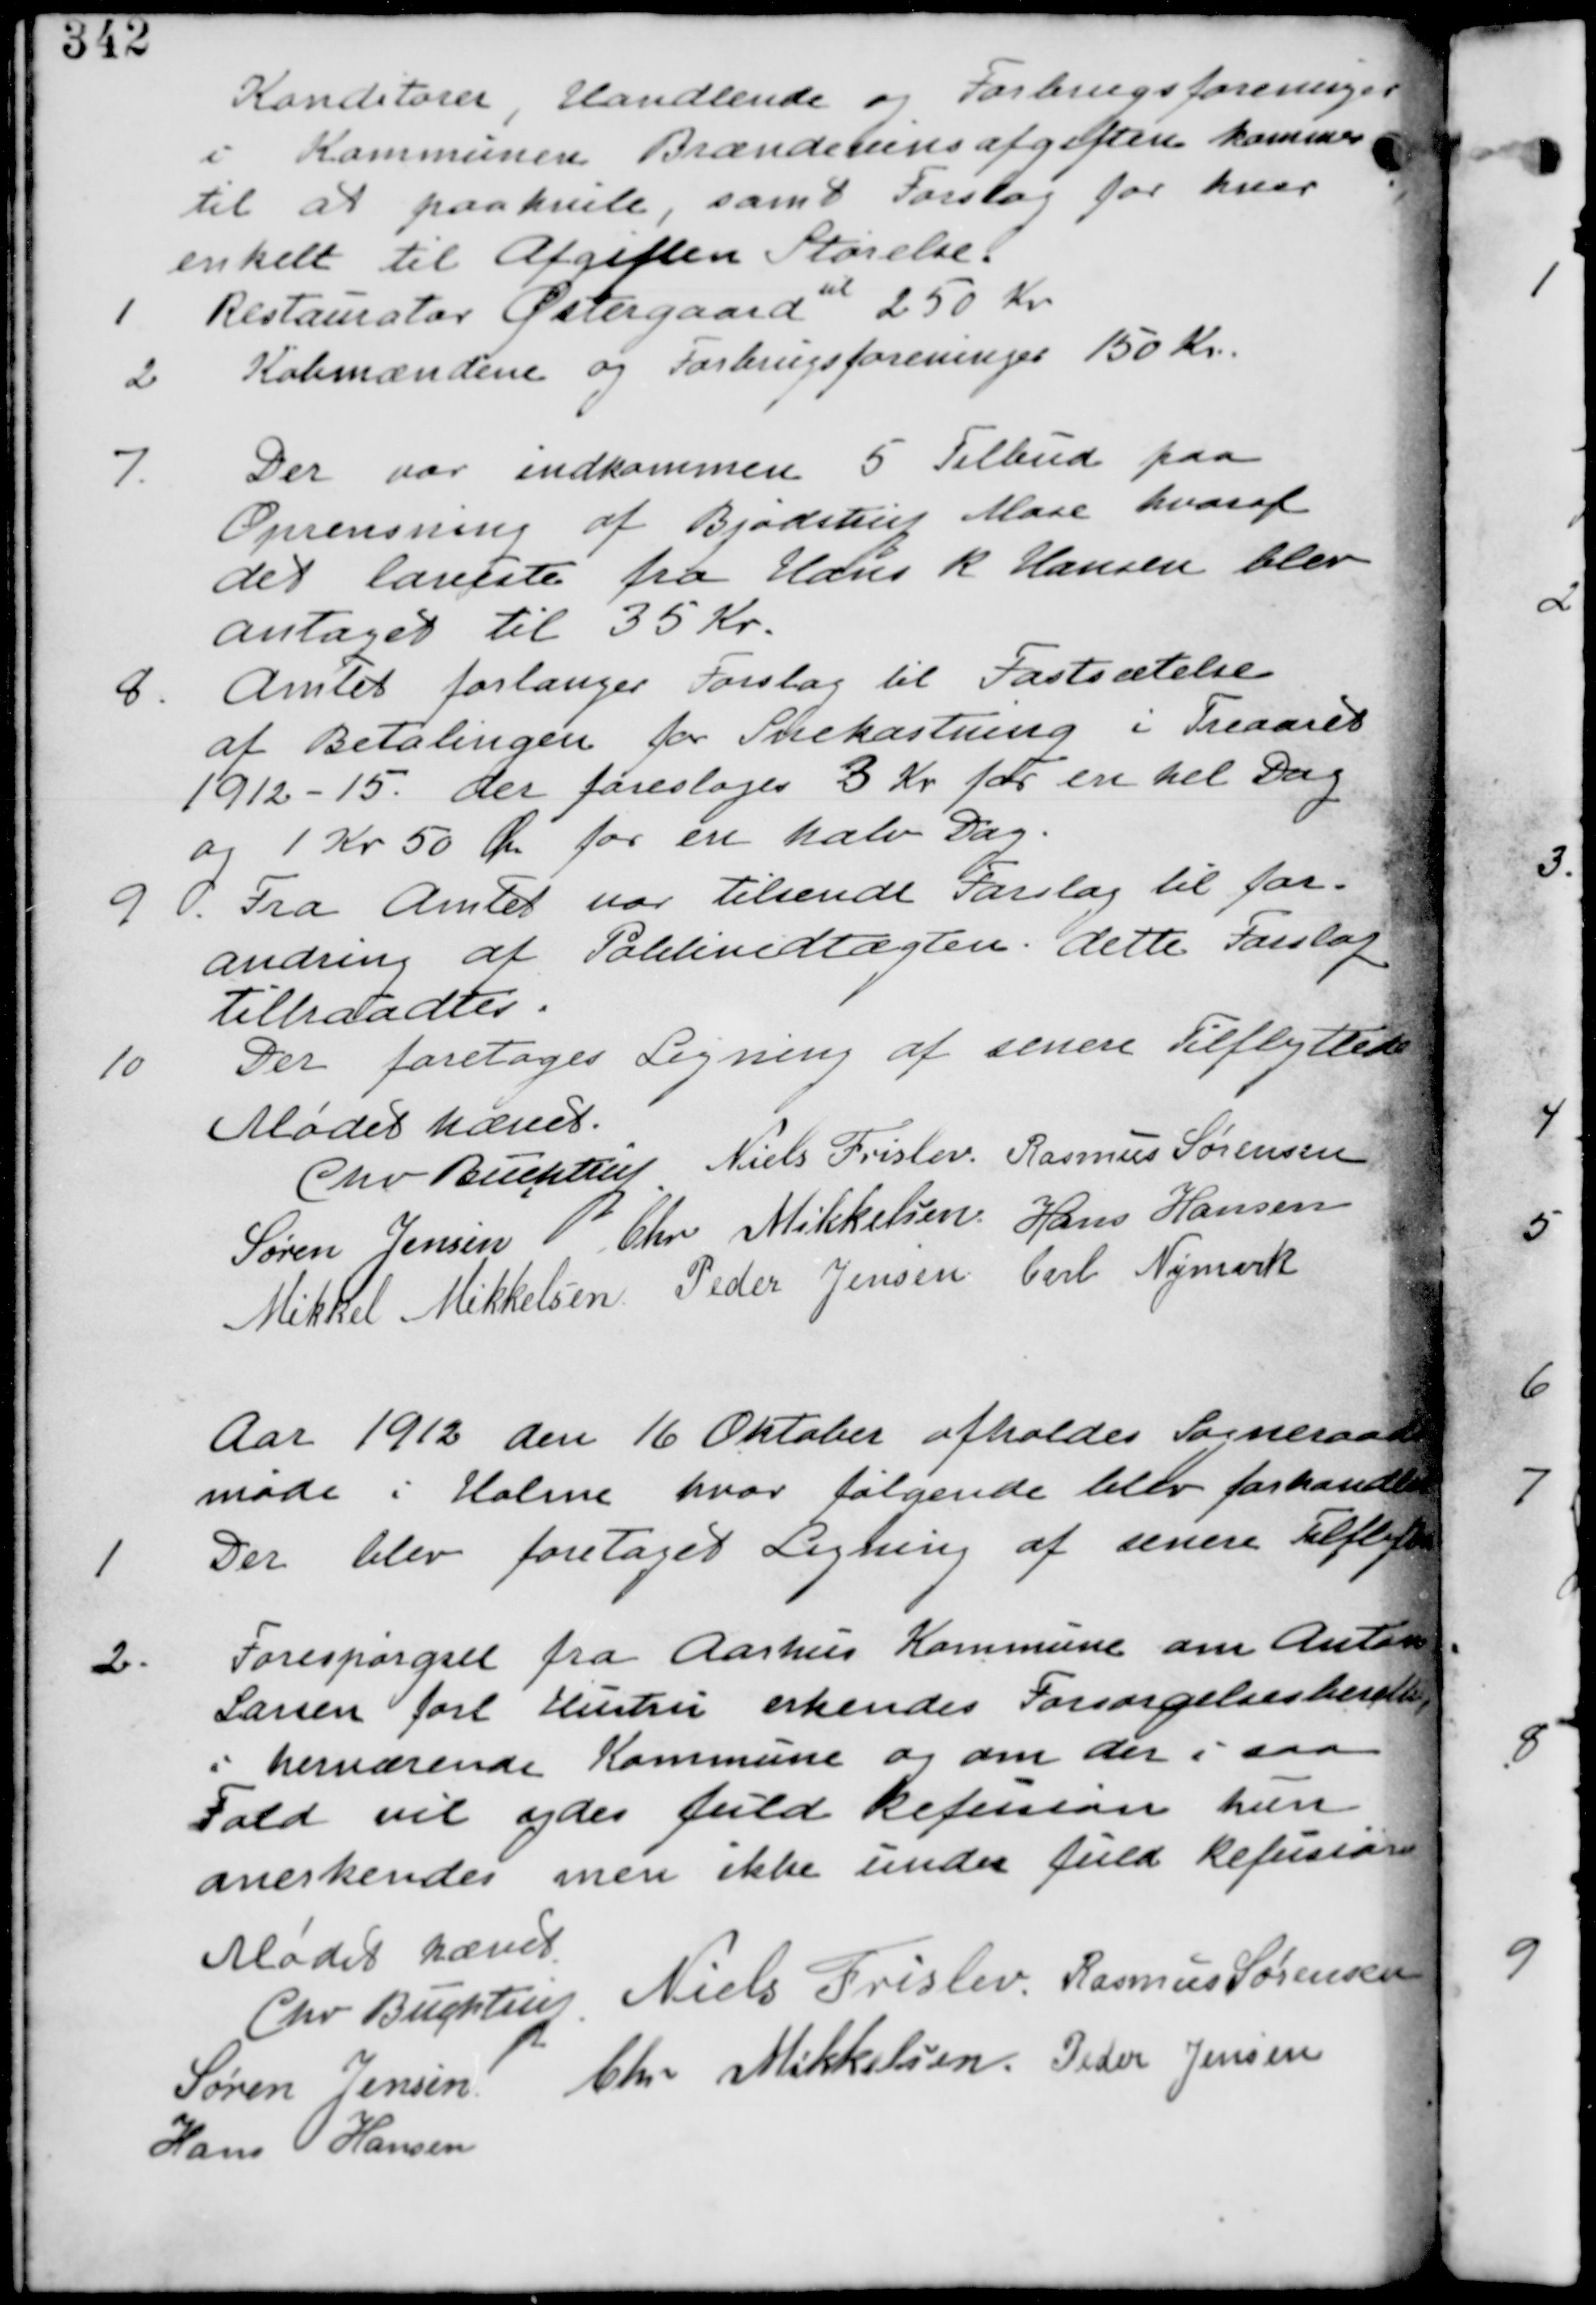
Transskription:
Konditorei, Handlende og Forbrugsforeninger
i Kommunen. Brændevinsafgiften kommer
til at paahvile, samt Forslag for hver
enkelt til Afgiften Størrelse.
1. Restauratør Østergaard
til
250 Kr
2. Købmændene og Forbrugsforeninger 150 Kr.

7. Der var indkommen 5 tilbud paa
Oprensning af Bjødstrup Mose hvoraf
det laveste fra Hans K. Hansen blev
antaget til 35 Kr.

8. Amtet forlanger Forslag til Fastsættelse
af Betalingen for Snekastning i Treaaret
1912-15. der foresloges 3 Kr for en hel Dag
og 1 Kr 50 Øre for en halv Dag.

9. Fra Amtet var tilsendt Forslag til for-
andring af Politivedtægten. dette Forslag
tiltraadtes.

10. Der foretages Ligning af senere Tilflyttere.

Mødet hæves.

Chr. Buchtrup. Niels Frislev. Rasmus Sørensen
Søren Jensen Chr Mikkelsen Hans Hansen
Mikkel Mikkelsen Peder Jensen Carl Nymark

Aar 1912 den 16 Oktober afholdes Sogneraads-
møde i Holme hvor følgende blev forhandlet.

1. Der blev foretaget Ligning af senere Tilflyttere.

2. Forespørgsel fra Aarhus Kommune om Anton
Larsen forl Hustru erkendes Forsørgelsesberettiget
i herværende Kommune og om der i saa
Fald vil ydes fuld Refusion hun
anerkendes men ikke under fuld Refusion

Mødet hævet

Chr Buchtrup. Niels Frislev. Rasmus Sørensen
Søren Jensen Chr Mikkelsen Peder Jensen
Hans Hansen